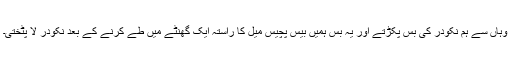
وہاں سے ہم نکودر کی بس پکڑتے اور یہ بس ہمیں بیس پچیس میل کا راستہ ایک گھنٹے میں طے کرنے کے بعد نکودر لا پٹختی۔